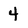
Character: 4